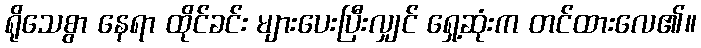
ရိုသေစွာ နေရာ ထိုင်ခင်း များပေးပြီးလျှင် ရှေ့ဆုံးက တင်ထားလေ၏။